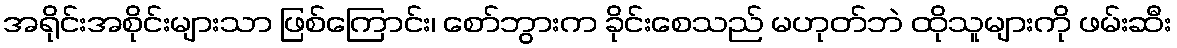
အရိုင်းအစိုင်းများသာ ဖြစ်ကြောင်း၊ စော်ဘွားက ခိုင်းစေသည် မဟုတ်ဘဲ ထိုသူများကို ဖမ်းဆီး